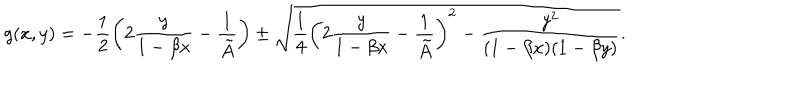
g ( x , y ) = - \frac { 1 } { 2 } \left( 2 \frac { y } { 1 - \beta x } - \frac { 1 } { \tilde { A } } \right) \pm \sqrt { \frac { 1 } { 4 } \left( 2 \frac { y } { 1 - \beta x } - \frac { 1 } { \tilde { A } } \right) ^ { 2 } - \frac { y ^ { 2 } } { ( 1 - \beta x ) ( 1 - \beta y ) } } .